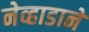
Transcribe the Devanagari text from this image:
नेव्हाडाने